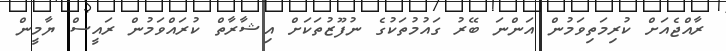
ރާއްޖެއަށް ކުރިމަތިވަމުން އަންނަ ބޭރު ގައުމުތަކުގެ ނުފޫޒުތަކަށް އިޝާރާތް ކުރައްވަމުން ރައީސް ޔާމީން